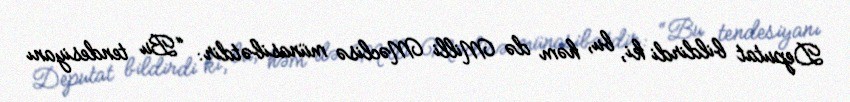
Deputat bildirdi ki, bu, həm də Milli Məclisə münasibətdir: “Bu tendesiyanı